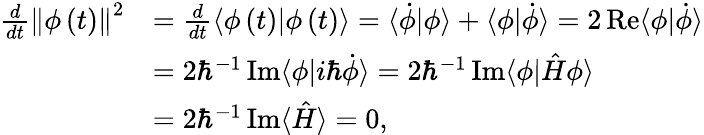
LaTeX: \begin{array}{rl}{\frac{d}{dt}\left\Vert\phi\left(t\right)\right\Vert^{2}}&{=\frac{d}{dt}\langle\phi\left(t\right)|\phi\left(t\right)\rangle=\langle\dot{\phi}|\phi\rangle+\langle\phi|\dot{\phi}\rangle=2\operatorname{Re}\langle\phi|\dot{\phi}\rangle}\\ &{=2\hbar^{-1}\operatorname{Im}\langle\phi|i\hbar\dot{\phi}\rangle=2\hbar^{-1}\operatorname{Im}\langle\phi|\hat{H}\phi\rangle}\\ &{=2\hbar^{-1}\operatorname{Im}\langle\hat{H}\rangle=0,}\end{array}